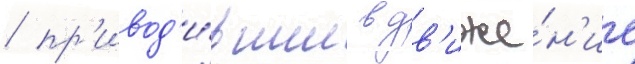
/ пр'ивод'и́вшие в дв'иже́н'ие